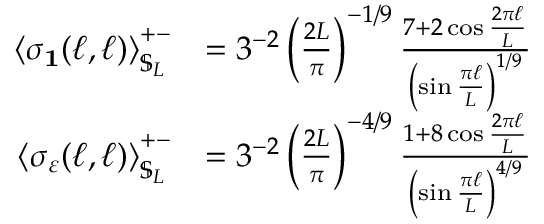
\begin{array} { r l } { \left\langle \sigma _ { \mathbf { 1 } } ( \ell , \ell ) \right\rangle _ { \mathbb { S } _ { L } } ^ { + - } } & { = 3 ^ { - 2 } \left( \frac { 2 L } { \pi } \right) ^ { - 1 / 9 } \frac { 7 + 2 \cos { \frac { 2 \pi \ell } { L } } } { \left( \sin \frac { \pi \ell } { L } \right) ^ { 1 / 9 } } } \\ { \left\langle \sigma _ { \varepsilon } ( \ell , \ell ) \right\rangle _ { \mathbb { S } _ { L } } ^ { + - } } & { = 3 ^ { - 2 } \left( \frac { 2 L } { \pi } \right) ^ { - 4 / 9 } \frac { 1 + 8 \cos { \frac { 2 \pi \ell } { L } } } { \left( \sin \frac { \pi \ell } { L } \right) ^ { 4 / 9 } } } \end{array}